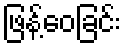
ဖြန့်ဝေခြင်း